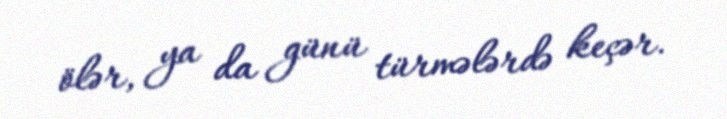
ölər, ya da günü türmələrdə keçər.